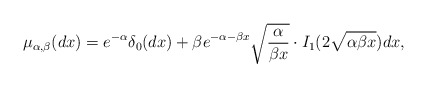
\begin{align*}\mu_{\alpha,\beta}(dx)=e^{-\alpha}\delta_{0}(dx)+\beta e^{-\alpha-\beta x}\sqrt{\frac{\alpha}{\beta x}} \cdot I_1 (2\sqrt{\alpha \beta x})dx,\end{align*}